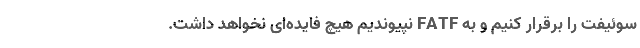
سوئیفت را برقرار کنیم و به FATF نپیوندیم هیچ فایده‌ای نخواهد داشت.